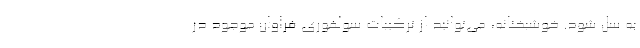
به سل شود. خوشبختانه، می‌توانید از ترکیبات سولفوری فراوان موجود در